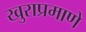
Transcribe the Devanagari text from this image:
खुराप्रमाणे